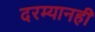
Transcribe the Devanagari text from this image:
दरम्यानही